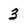
Character: 3